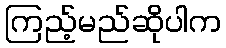
ကြည့်မည်ဆိုပါက